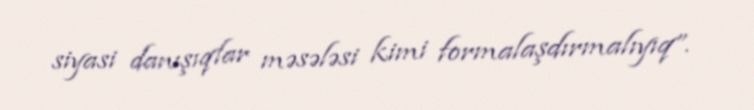
siyasi danışıqlar məsələsi kimi formalaşdırmalıyıq”.